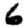
Digit: 6